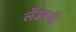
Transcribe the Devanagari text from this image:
लँडरनी